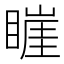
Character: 𥊅